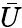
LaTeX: \bar{U}